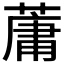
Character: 𫉘